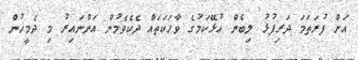
އަށް ފުރަތަމަ ދަރިފުޅު ލިބެން އުޅޭކަމުގެ ވާހަކަތައް ދެކެވެމުން އަންނައިރު މި ދެމީހުން